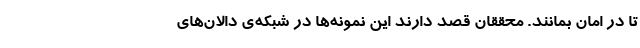
تا در امان بمانند. محققان قصد دارند این نمونه‌ها در شبکه‌ی دالان‌های